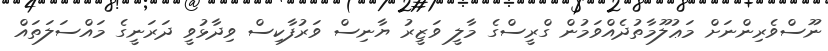
ނޫސްވެރިންނަށް މަޢުލޫމާތުދެއްވަމުން ގްރީސްގެ މާލީ ވަޒީރު ޔާނިސް ވަރުފާކިސް ވިދާޅުވީ ދަރަނީގެ މައްސަލަތައް